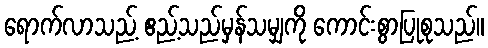
ရောက်လာသည့် ဧည့်သည်မှန်သမျှကို ကောင်းစွာပြုစုသည်။